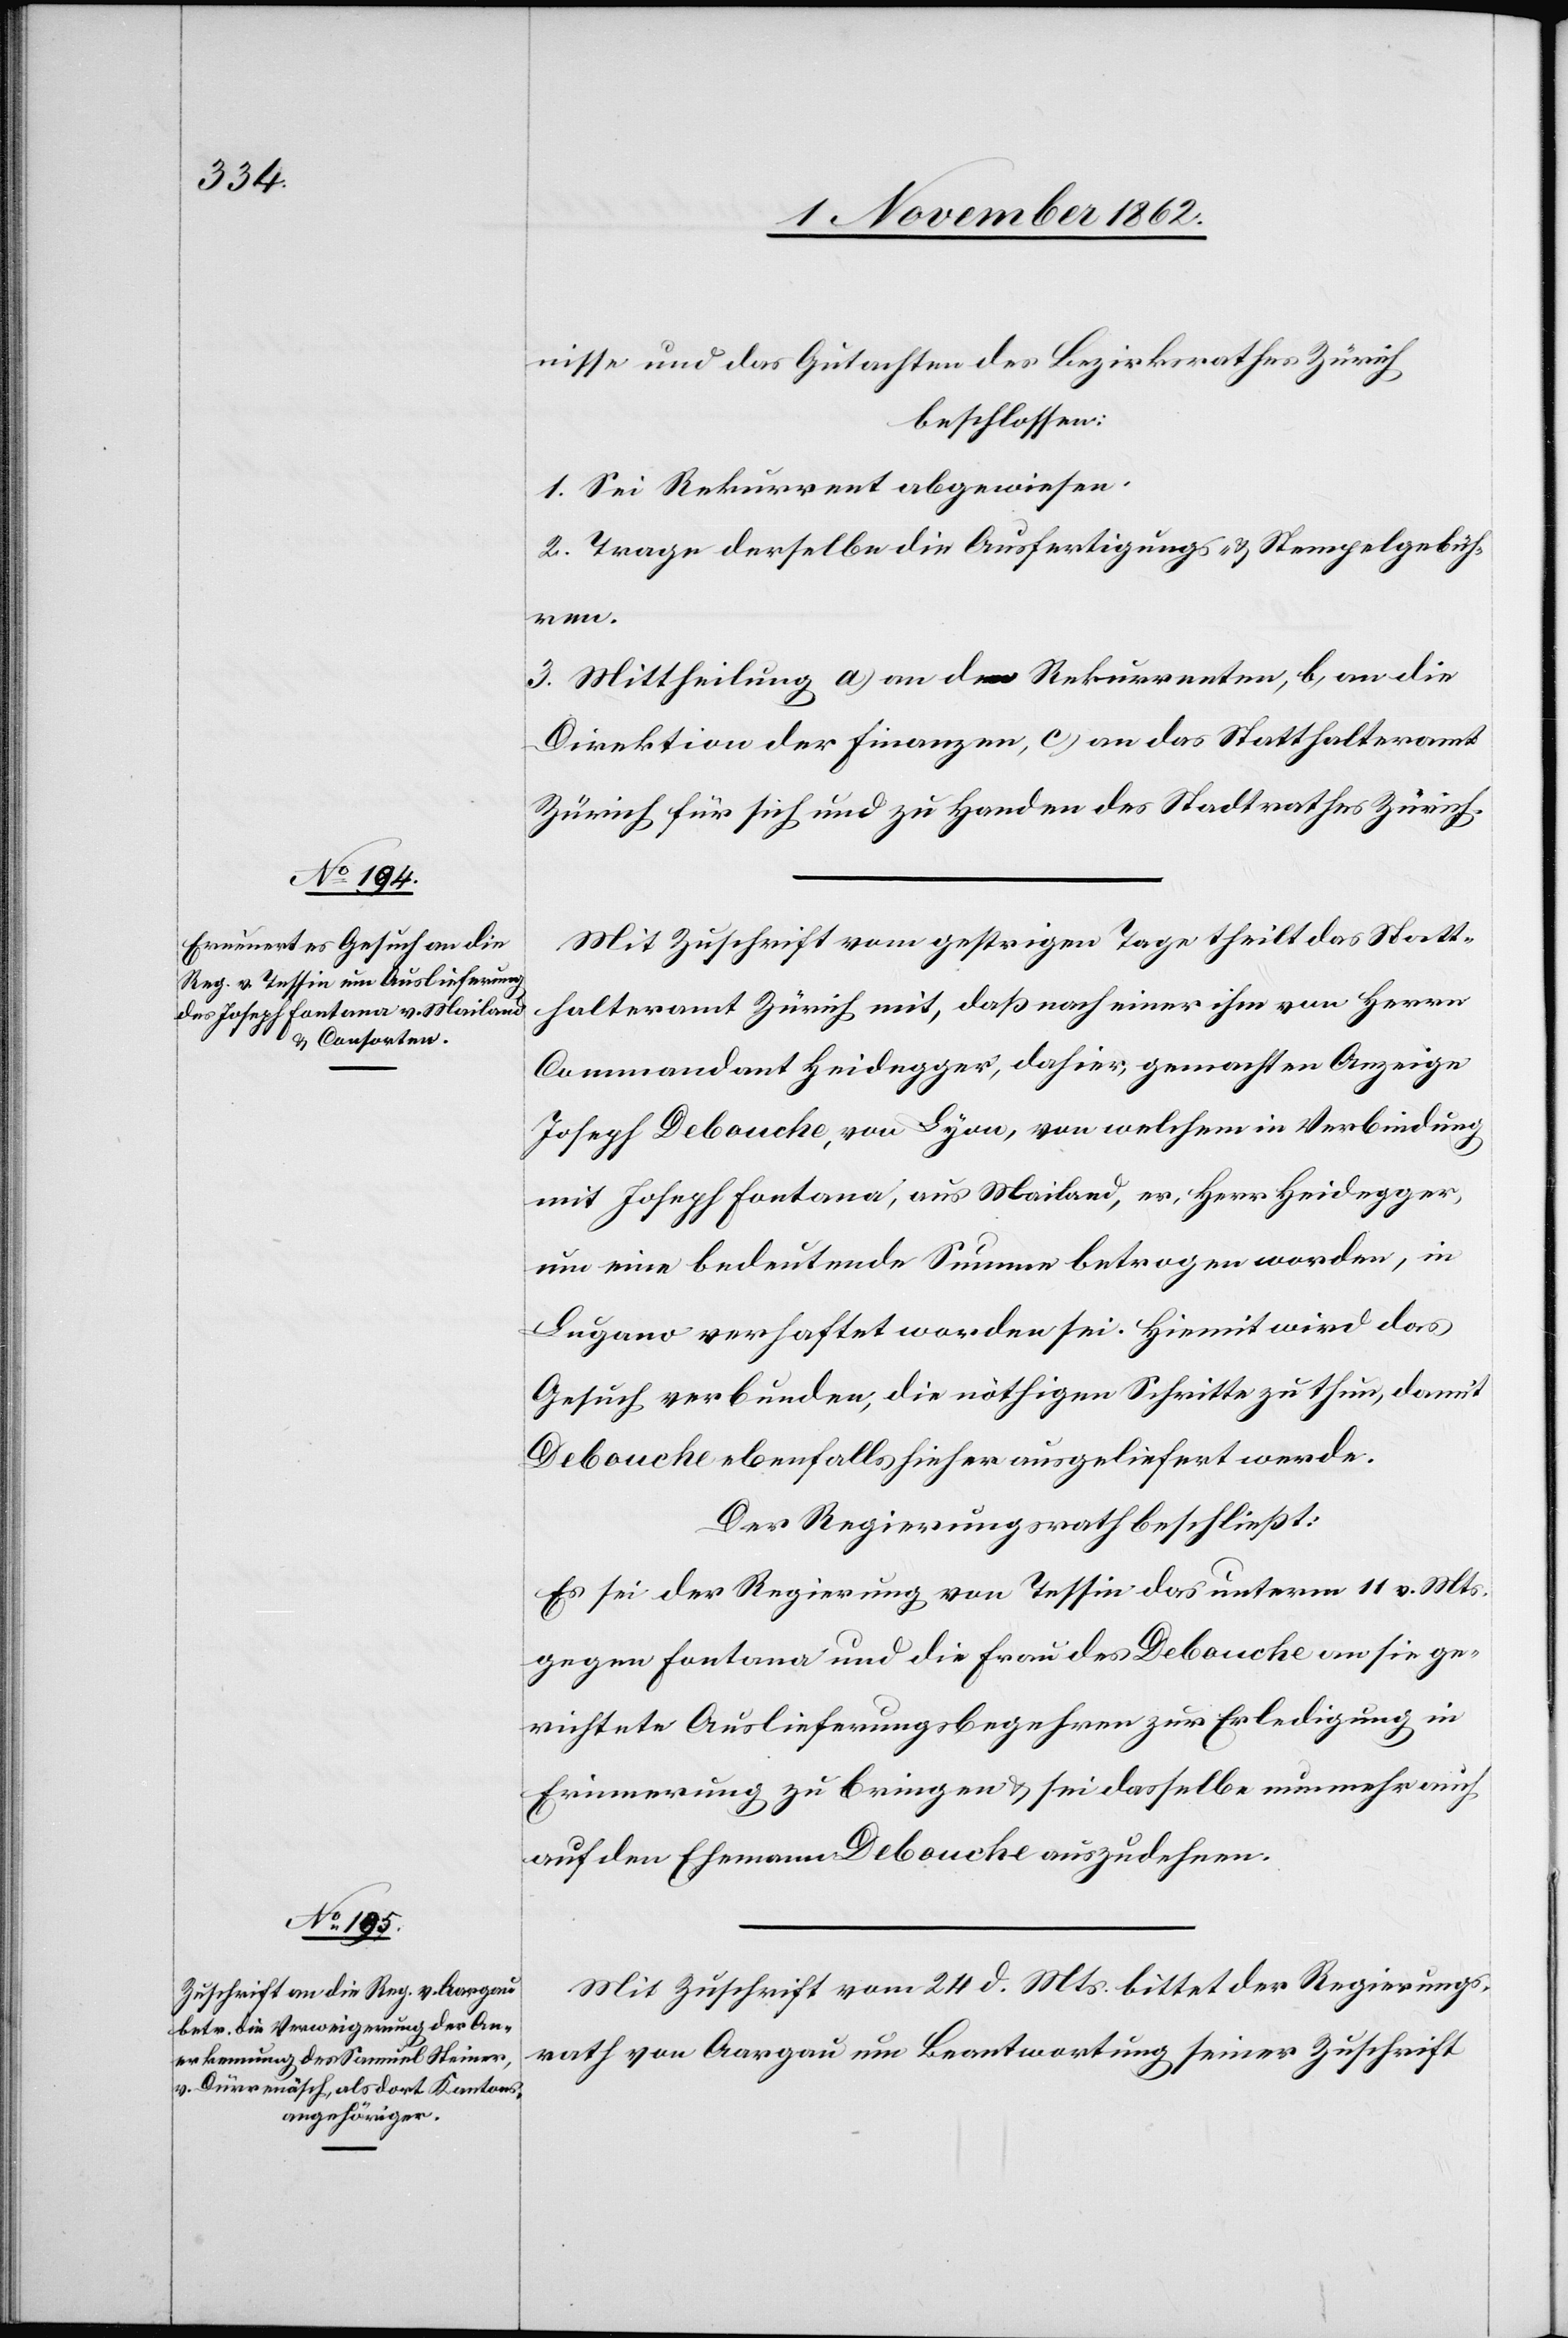
nisse und das Gutachten des Bezirksrathes Zürich
beschlossen:
1. Sei Rekurrent abgewiesen.
2. Trage derselbe die Ausfertigungs- u. Stempelgebüh¬
ren.
3. Mittheilung a) an den Rekurrenten, b) an die
Direktion der Finanzen, c) an das Statthalteramt
Zürich für sich und zu Handen des Stadtrathes Zürich.
Mit Zuschrift vom gestrigen Tage theilt das Statt¬
halteramt Zürich mit, daß nach einer ihm von Herrn
Commandant Heidegger, dahier, gemachten Anzeige
Joseph Debouche, von Lyon, von welchem in Verbindung
mit Joseph Fontana, aus Mailand, er, Herr Heidegger,
um eine bedeutende Summe betrogen worden, in
Lugano verhaftet worden sei. Hiemit wird das
Gesuch verbunden, die nöthigen Schritte zu thun, damit
Debouche ebenfalls hieher ausgeliefert werde.
Der Regierungsrath beschließt:
Es sei der Regierung von Tessin das unterm 11. v. Mts.
gegen Fontana und die Frau des Debouche an sie ge¬
richtete Auslieferungsbegehren zur Erledigung in
Erinnerung zu bringen u. sei dasselbe nunmehr auch
auf den Ehemann Debouche auszudehnen.
Mit Zuschrift vom 24. d. Mts. bittet der Regierungs¬
rath von Aargau um Beantwortung seiner Zuschrift